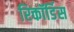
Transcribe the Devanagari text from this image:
रिकॉर्डिस